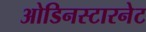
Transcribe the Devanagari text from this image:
ओडिनस्टारनेट